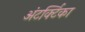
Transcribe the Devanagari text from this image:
अंटर्क्टिका